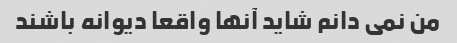
من نمی دانم شاید آنها واقعا دیوانه باشند